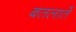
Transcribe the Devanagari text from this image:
बतलातें